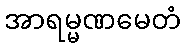
အာရမ္မဏမေတံ